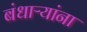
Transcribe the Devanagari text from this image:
बंधाऱ्यांना